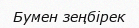
Бумен зеңбiрек